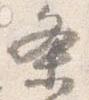
条